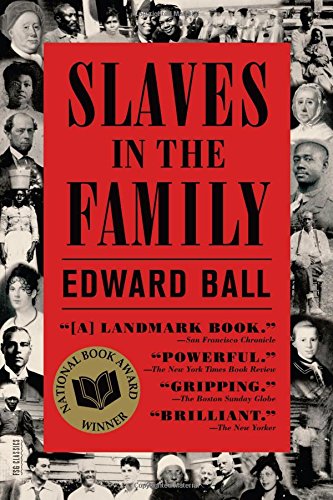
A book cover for Slaves in the Family; Edward Ball; History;